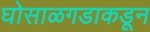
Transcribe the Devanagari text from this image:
घोसाळगडाकडून